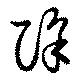
除